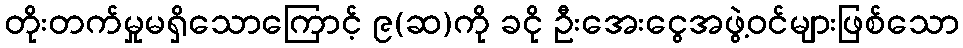
တိုးတက်မှုမရှိသောကြောင့် ၉(ဆ)ကို ခငို ဦးအေးငွေအဖွဲ့ဝင်များဖြစ်သော